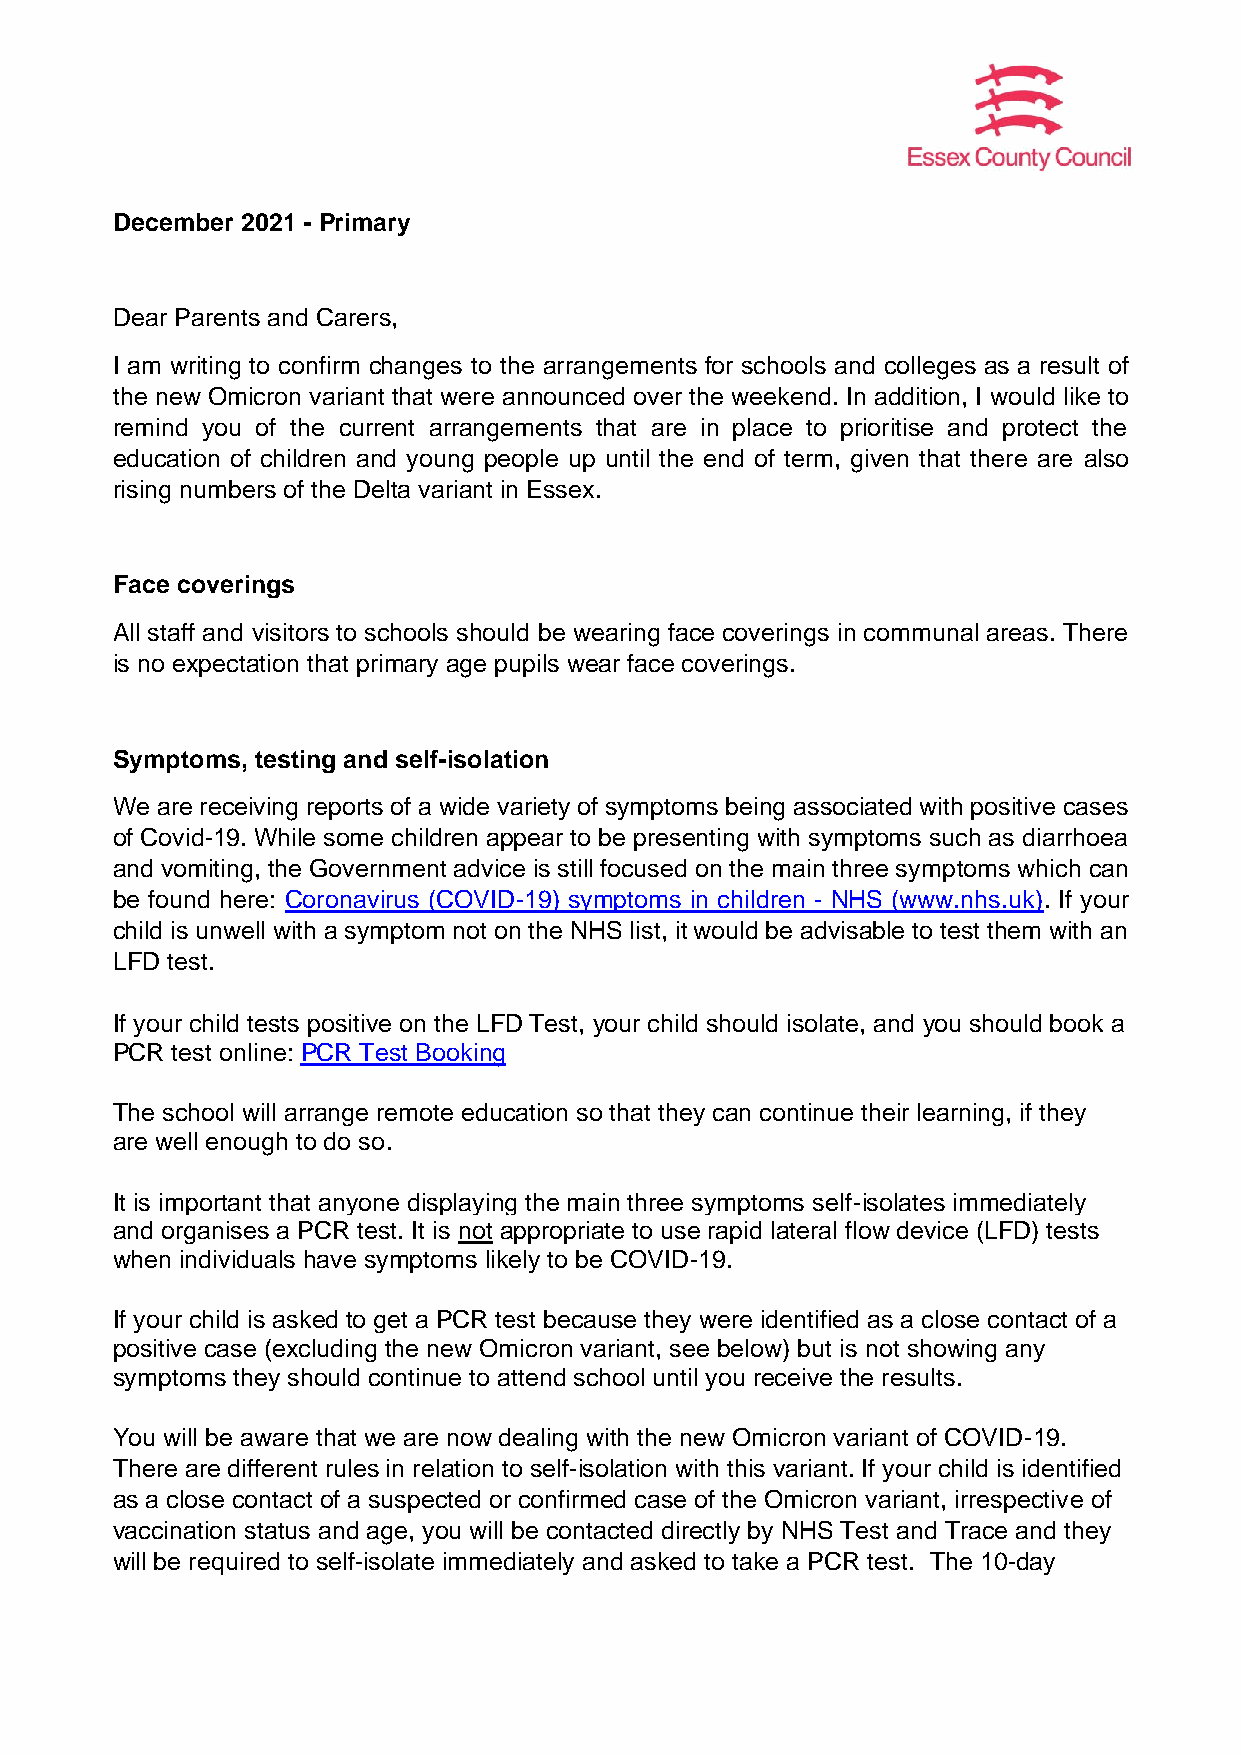
December 2021 - Primary
 Dear Parents and Carers,
 I am writing to confirm changes to the arrangements for schools and colleges as a result of
 the new Omicron variant that were announced over the weekend. In addition, I would like to
 remind you of the current arrangements that are in place to prioritise and protect the
 education of children and young people up until the end of term, given that there are also
 rising numbers of the Delta variant in Essex.
 Face coverings
 All staff and visitors to schools should be wearing face coverings in communal areas. There
 is no expectation that primary age pupils wear face coverings.
 Symptoms, testing and self-isolation
 We are receiving reports of a wide variety of symptoms being associated with positive cases
 of Covid-19. While some children appear to be presenting with symptoms such as diarrhoea
 and vomiting, the Government advice is still focused on the main three symptoms which can
 be found here: Coronavirus (COVID-19) symptoms in children - NHS (www.nhs.uk). If your
 child is unwell with a symptom not on the NHS list, it would be advisable to test them with an
 LFD test.
 If your child tests positive on the LFD Test, your child should isolate, and you should book a
 PCR test online: PCR Test Booking
 The school will arrange remote education so that they can continue their learning, if they
 are well enough to do so.
 It is important that anyone displaying the main three symptoms self-isolates immediately
 and organises a PCR test. It is not appropriate to use rapid lateral flow device (LFD) tests
 when individuals have symptoms likely to be COVID-19.
 If your child is asked to get a PCR test because they were identified as a close contact of a
 positive case (excluding the new Omicron variant, see below) but is not showing any
 symptoms they should continue to attend school until you receive the results.
 You will be aware that we are now dealing with the new Omicron variant of COVID-19.
 There are different rules in relation to self-isolation with this variant. If your child is identified
 as a close contact of a suspected or confirmed case of the Omicron variant, irrespective of
 vaccination status and age, you will be contacted directly by NHS Test and Trace and they
 will be required to self-isolate immediately and asked to take a PCR test. The 10-day